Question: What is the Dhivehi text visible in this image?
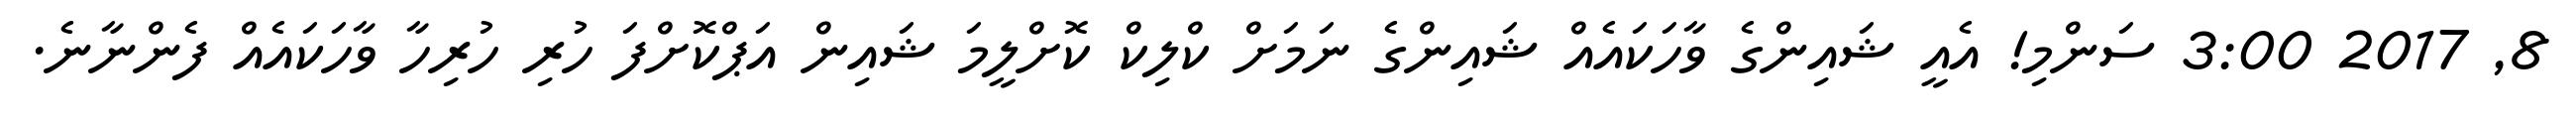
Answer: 8, 2017 3:00 ސަންމި! އެއީ ޝައިންގެ ވާހަކައެއް ޝައިންގެ ނަމަށް ކްލިކް ކޮށްލީމަ ޝައިން އަޕްކޮށްފަ ހުރި ހުރިހާ ވާހަކައެއް ފެންނާނެ.